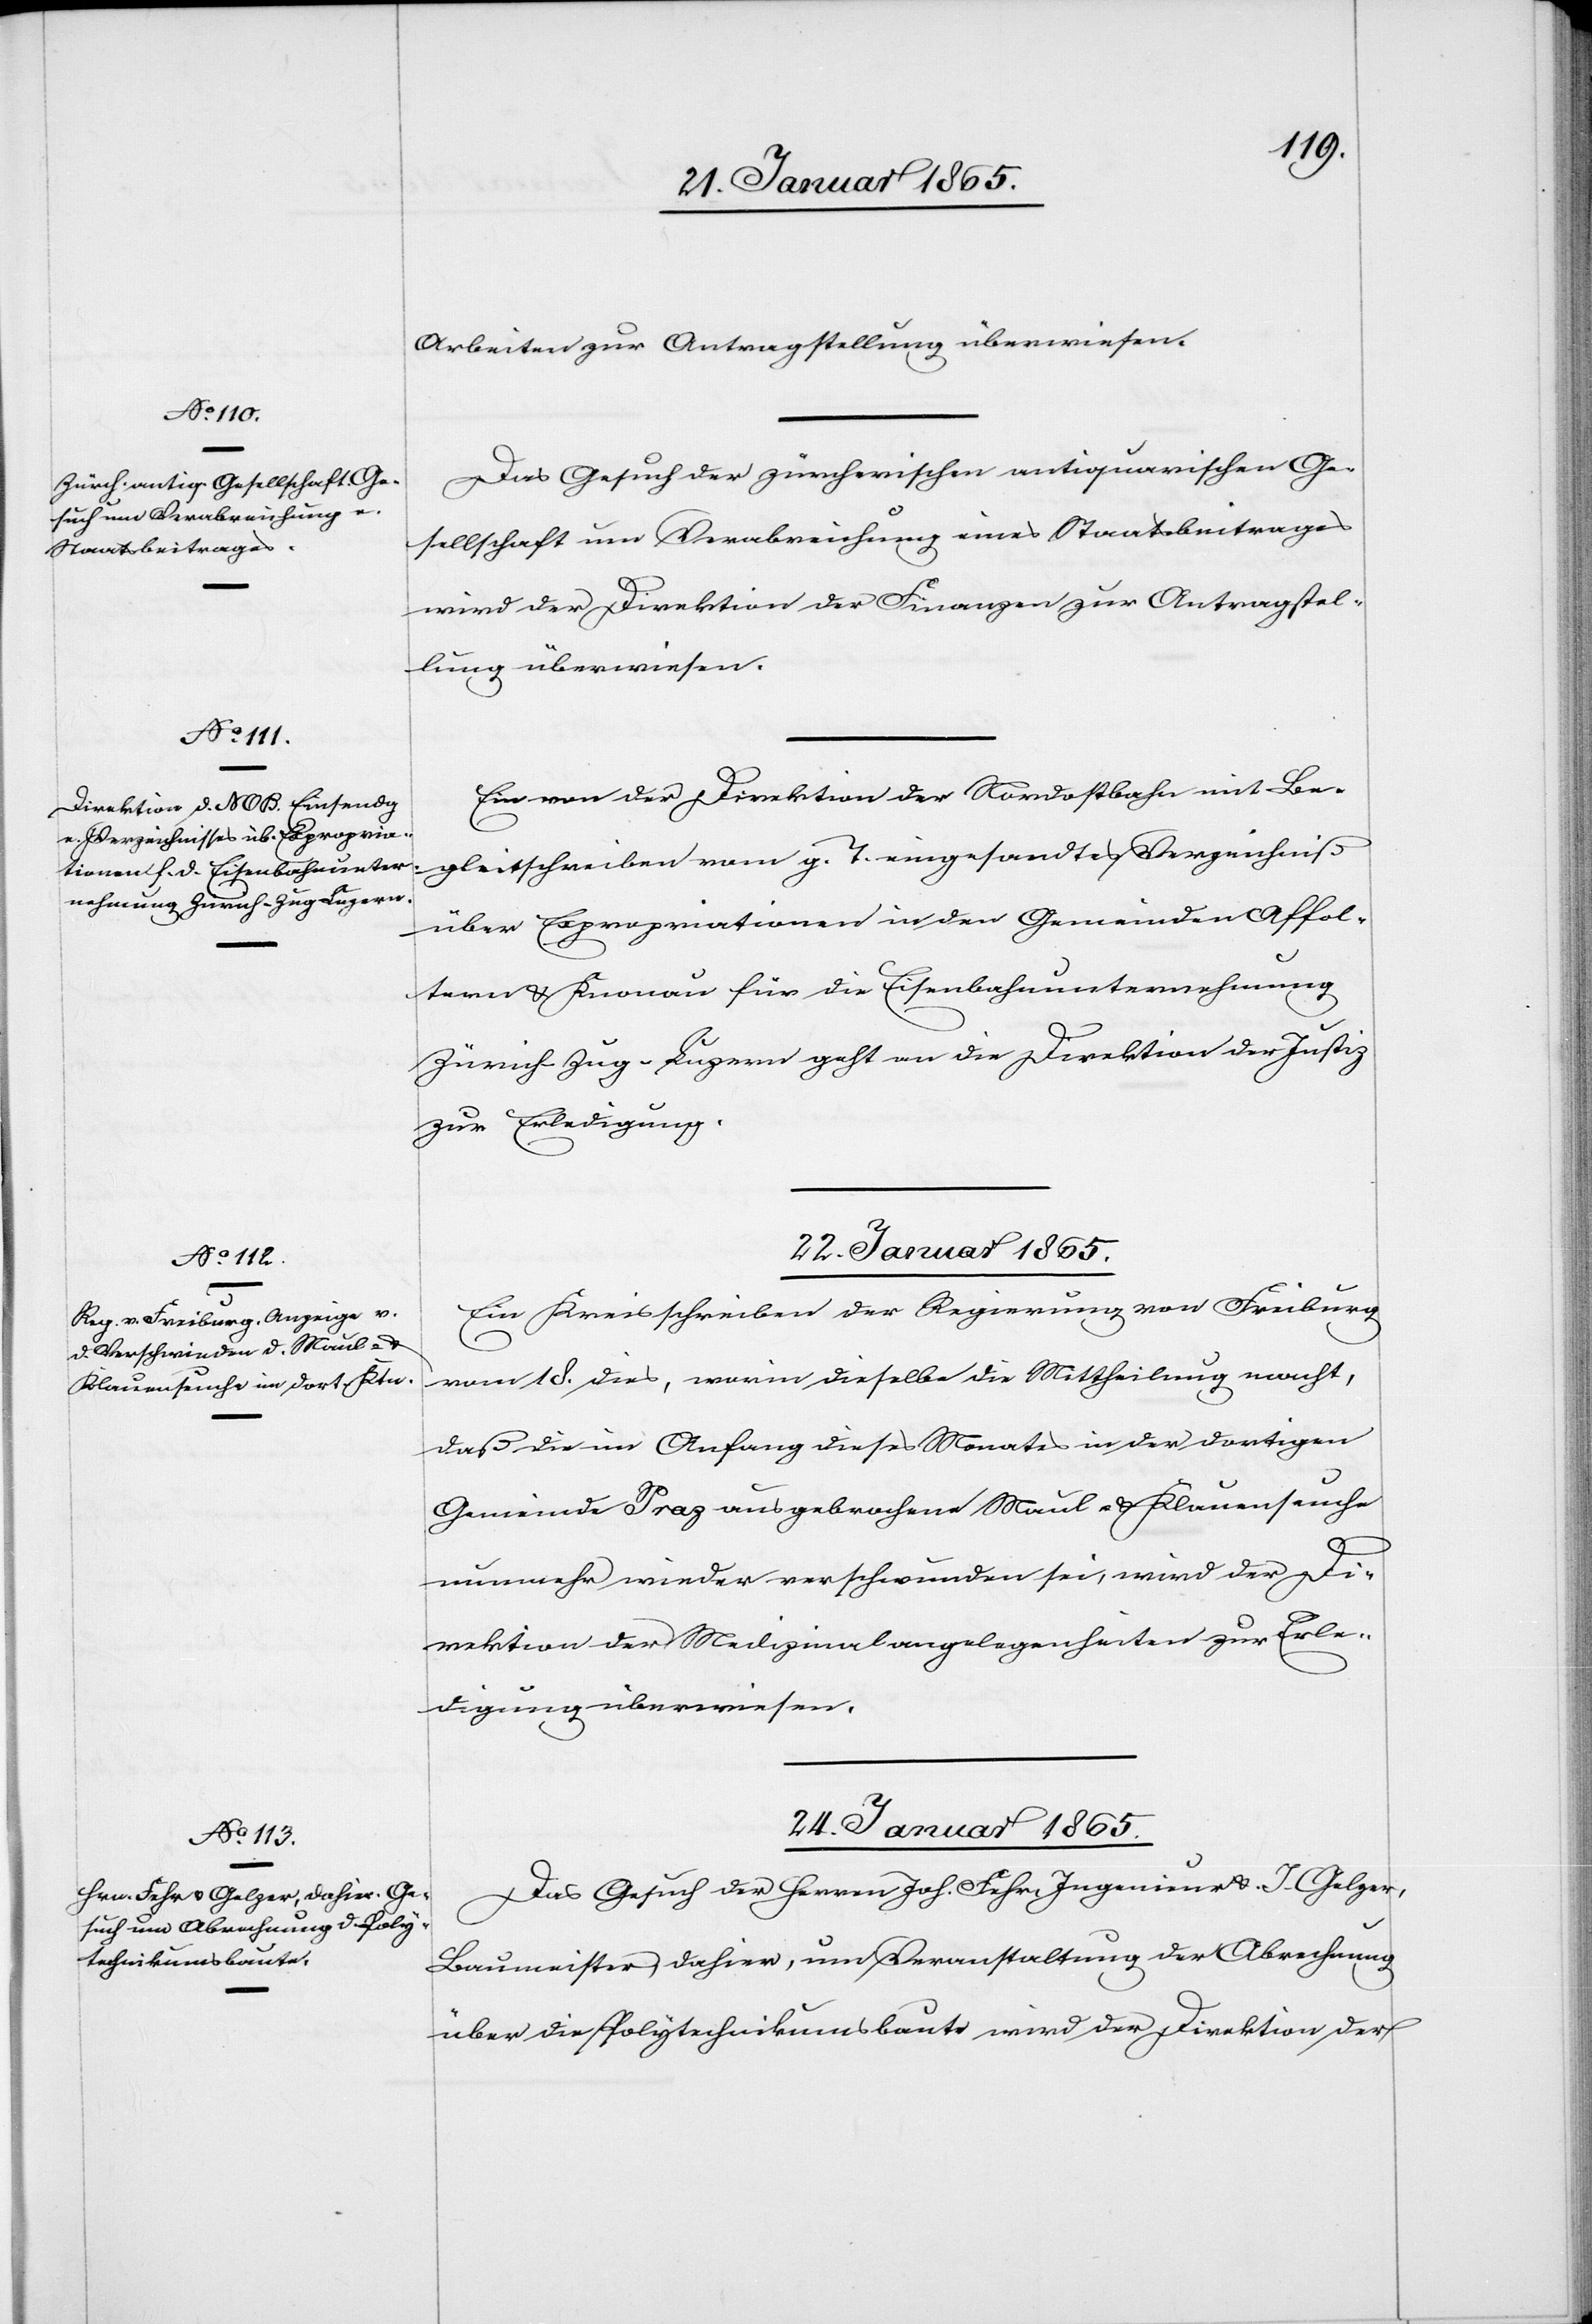
Arbeiten zur Antragstellung überwiesen.
Das Gesuch der zürcherischen antiquarischen Ge¬
sellschaft um Verabreichung eines Staatsbeitrages
wird der Direktion der Finanzen zur Antragstel¬
lung überwiesen.
Ein von der Direktion der Nordostbahn mit Be¬
gleitschreiben vom g. T. eingesandtes Verzeichniß
über Expropriationen in den Gemeinden Affol¬
tern u. Knonau für die Eisenbahnunternehmung
Zürich-Zug-Luzern geht an die Direktion der Justiz
zur Erledigung
22. Januar 1865.
Ein Kreisschreiben der Regierung von Freiburg
vom 18. dies, worin dieselbe die Mittheilung macht,
daß die im Anfang dieses Monates in der dortigen
Gemeinde Praz ausgebrochene Maul- u. Klauenseuche
nunmehr wieder verschwunden sei, wird der Di¬
rektion der Medizinalangelegenheiten zur Erle¬
digung überwiesen.
24. Januar 1865.
Das Gesuch der Herrn Joh. Fehr, Ingenieur u. J. Gelzer,
Baumeisters dahier, um Veranstaltung der Abrechnung
über die Polytechnikumsbaute wird der Direktion der